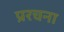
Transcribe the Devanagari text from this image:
प्ररचना